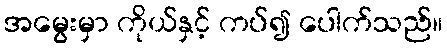
အမွေးမှာ ကိုယ်နှင့် ကပ်၍ ပေါက်သည်။